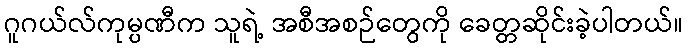
ဂူဂယ်လ်ကုမ္ပဏီက သူရဲ့ အစီအစဉ်တွေကို ခေတ္တဆိုင်းခဲ့ပါတယ်။